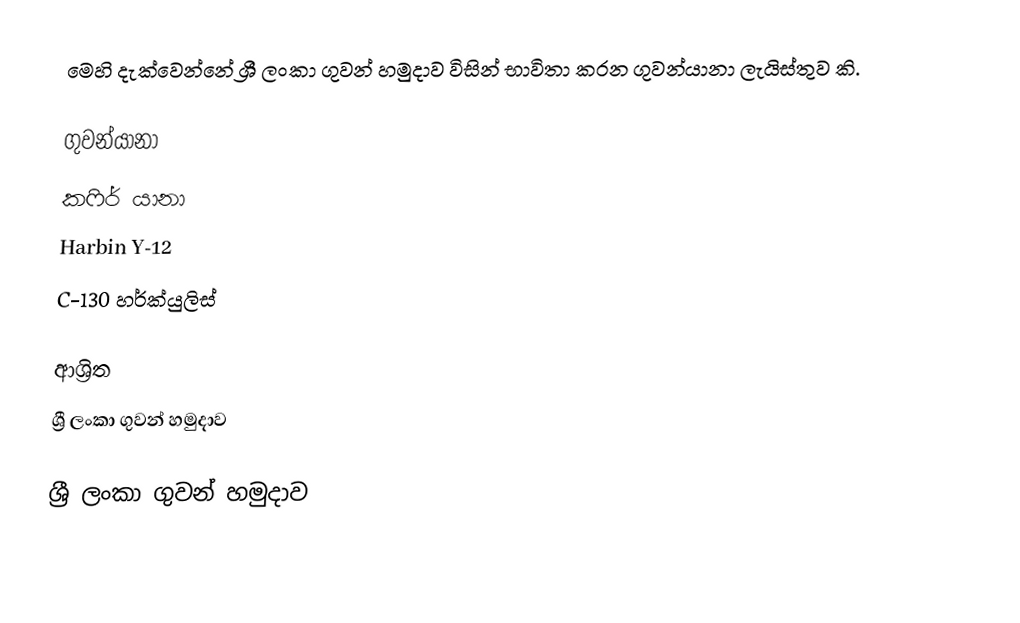
මෙහි දැක්වෙන්නේ ශ්‍රී ලංකා ගුවන් හමුදාව විසින් භාවිතා කරන ගුවන්යානා ලැයිස්තුව කි.

ගුවන්යානා
 කෆිර් යානා
 Harbin Y-12
 C-130 හර්ක්යුලිස්

ආශ්‍රිත
 ශ්‍රී ලංකා ගුවන් හමුදාව

ශ්‍රී ලංකා ගුවන් හමුදාව